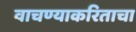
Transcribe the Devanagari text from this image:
वाचण्याकरिताचा